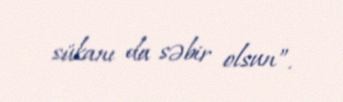
sükanı da səbir olsun”.